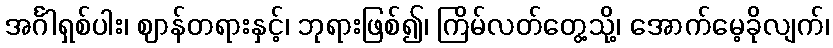
အင်္ဂါရှစ်ပါး၊ ဈာန်တရားနှင့်၊ ဘုရားဖြစ်၍၊ ကြိမ်လတ်တွေ့သို့၊ အောက်မေ့ခိုလျက်၊